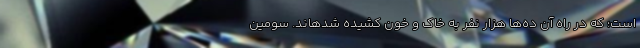
است؛ که در راه آن ده‌ها هزار نفر به خاک و خون کشیده شدهاند. سومین